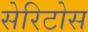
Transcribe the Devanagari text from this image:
सेरिटोस